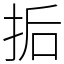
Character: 㧨